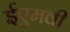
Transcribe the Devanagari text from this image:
ईएमवी